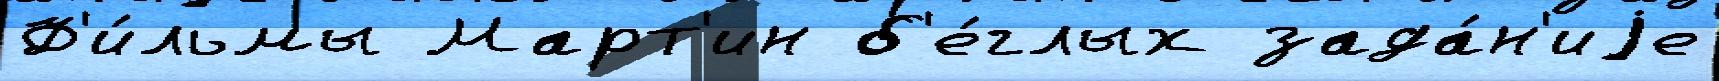
Ф'и́льмы Март'ин б'е́глых зада́н'иjе